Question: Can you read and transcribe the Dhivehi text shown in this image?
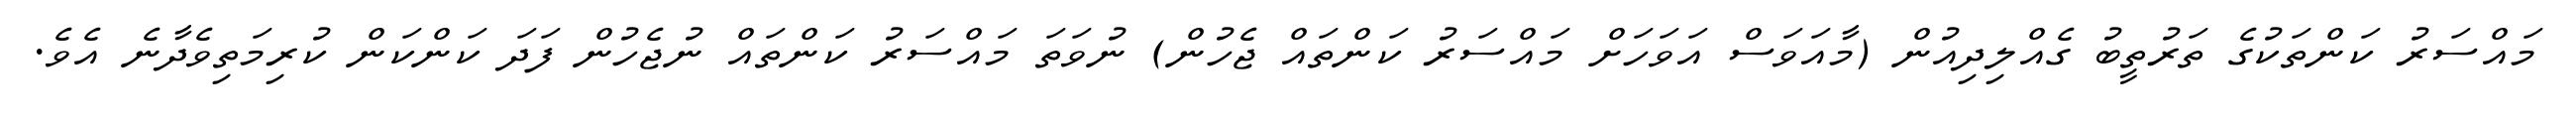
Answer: މައްސަރު ކަންތަކުގެ ތަރުތީބު ގެއްލިދިއުން (މާއަވަސް އަވަހަށް މައްސަރު ކަންތައް ޖެހުން) ނުވަތަ މައްސަރު ކަންތައް ނުޖެހުން ފަދަ ކަންކަން ކުރިމަތިވެދާނެ އެވެ.